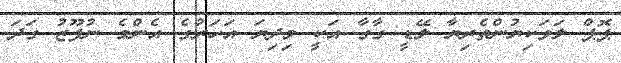
ޕޮޕް ލަވަކިޔުންތެރިޔާ ލޭޑީ ގާގާ އަކީ މިދިޔަ އަހަރުގެ އެންމެ ނުފޫޒު ގަދަ